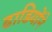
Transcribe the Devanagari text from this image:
ढाडियोंने